Source: Handwritten
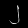
Digit: ၂ (2)